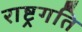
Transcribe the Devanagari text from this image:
राष्ट्रगति